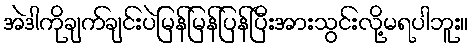
အဲဒါကိုချက်ချင်းပဲမြန်မြန်ပြန်ပြီးအားသွင်းလို့မရပါဘူး။